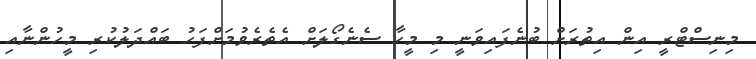
މިނިސްޓްރީ އިން އިތުރަށް ބުނެފައިވަނީ މި މީހާ ސެނެގޯލަށް އެތެރެވުމަށްފަހު ބައްދަލުކުރި މީހުންނާއި